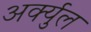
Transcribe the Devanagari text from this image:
अर्क्युल